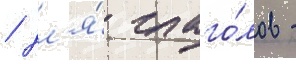
/ дл'я́ глаго́лов -